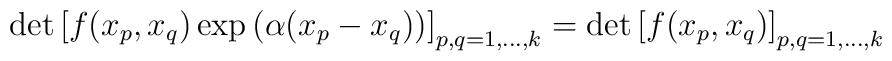
\det\left[f(x_p,x_q)\exp\left(\alpha(x_p-x_q)\right)  \right]_{p,q=1,\ldots,k}=\det\left[f(x_p,x_q)\right]_{p,q=1,\ldots,k}